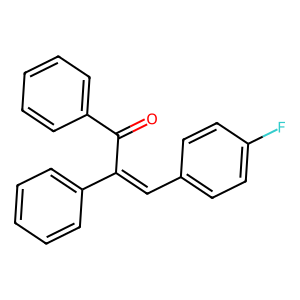
SMILES: O=C(C(=Cc1ccc(F)cc1)c1ccccc1)c1ccccc1
Inhibits HIV replication: No